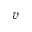
v